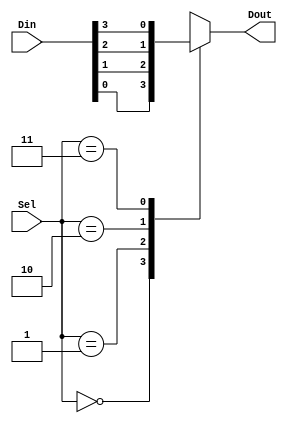
module mux_behavior(Dout, Din, Sel);
//Port Declarations start
      input  [3:0]Din; //4 input pins
      input  [1:0]Sel; //2 select lines
      output Dout; // 1 output pin
      reg Dout; //we need to store data during behavioral description
//Port Declarations end

      always@(Din, Sel)
      begin
            case(Sel)
                2'b00 : Dout=Din[0];
                2'b01 : Dout=Din[1];
                2'b10 : Dout=Din[2];
                2'b11 : Dout=Din[3];
            endcase
      end
endmodule 
// End of Program